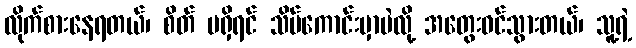
လိုက်စားနေရတယ်၊ စိတ် မရှိရင် သိပ်ကောင်းမှာပဲလို့ အတွေးဝင်သွားတယ်၊ သူ့ရဲ့